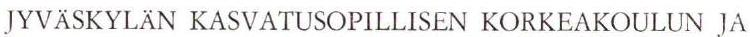
JYVÄSKYLÄN KASVATUSOPILLISEN KORKEAKOULUN JA